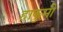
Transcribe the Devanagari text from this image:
हाकुमी